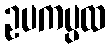
ဥပကပ္ပထ